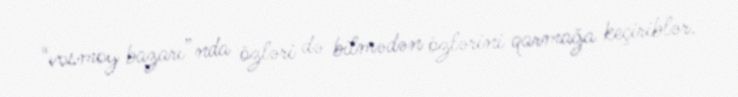
“vosmoy bazarı”nda özləri də bilmədən özlərini qarmağa keçiriblər.